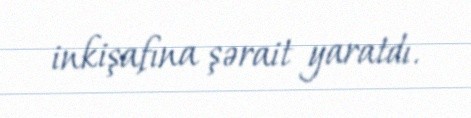
inkişafına şərait yaratdı.